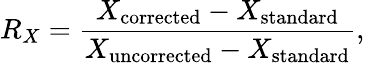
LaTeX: R_{X}=\frac{X_{\mathrm{corrected}}-X_{\mathrm{standard}}}{X_{\mathrm{uncorrected}}-X_{\mathrm{standard}}},